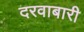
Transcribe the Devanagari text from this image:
दरवाबारी